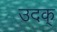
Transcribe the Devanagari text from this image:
उदक्